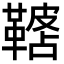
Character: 𩌓